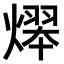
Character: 𤎋